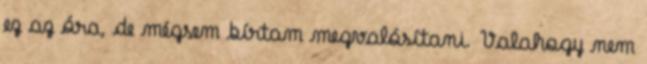
ez az óra, de mégsem bírtam megvalósítani. Valahogy nem